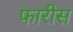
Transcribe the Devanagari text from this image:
फारीस